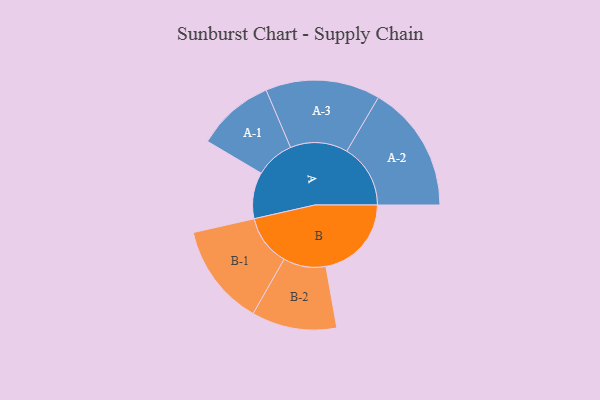
{"axis": {"x": "Segment", "y": "Value"}, "legend": ["", "A", "B"], "data": [{"x": "A", "y": 204, "type": ""}, {"x": "B", "y": 376, "type": ""}, {"x": "A-1", "y": 171, "type": "A"}, {"x": "A-2", "y": 280, "type": "A"}, {"x": "A-3", "y": 252, "type": "A"}, {"x": "B-1", "y": 224, "type": "B"}, {"x": "B-2", "y": 187, "type": "B"}]}